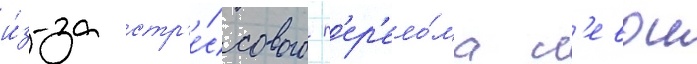
и́з-за стр'е́ссового п'ер'ело́ма л'евои